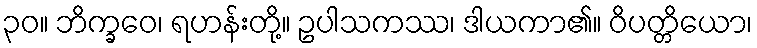
၃၀။ ဘိက္ခဝေ၊ ရဟန်းတို့။ ဥပါသကဿ၊ ဒါယကာ၏။ ဝိပတ္တိယော၊